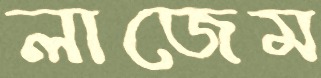
লাজেম